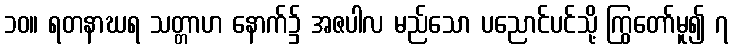
၁၀။ ရတနာဃရ သတ္တာဟ နောက်၌ အဇပါလ မည်သော ပညောင်ပင်သို့ ကြွတော်မူ၍ ၇